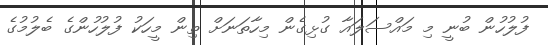
ފުލުހުން ބުނީ މި މައްސަލައާ ގުޅިގެން މިހާތަނަށް ތިން މީހަކު ފުލުހުންގެ ބެލުމުގެ